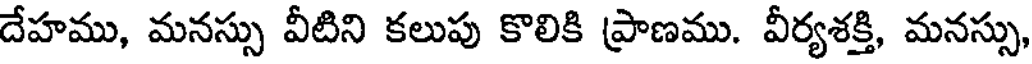
దేహము, మనస్సు వీటిని కలుపు కొలికి ప్రాణము. వీర్యశక్తి, మనస్సు,